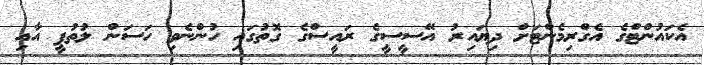
އެކައުންޓްގެ އެގްރިމެންޓަށް ދިޔައިރު އޭސީސީގެ ރައީސްގެ ގޮތުގައި ހުންނެވި ހަސަން ލުތުފީ އާއި